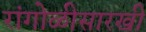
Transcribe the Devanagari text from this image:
रांगोळीसारखी